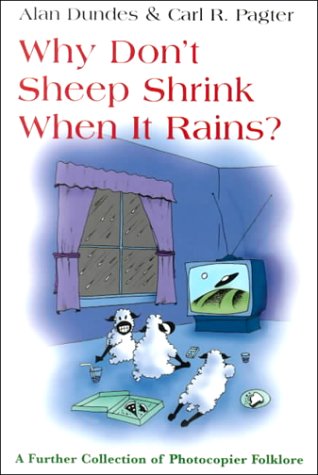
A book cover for Why Don't Sheep Shrink When It Rains?: A Further Collection of Photocopier Folklore; Alan Dundes; Humor & Entertainment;